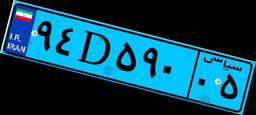
۵۲D۵۱۰۶۸